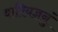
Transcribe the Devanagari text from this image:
वारियज्ञनुं